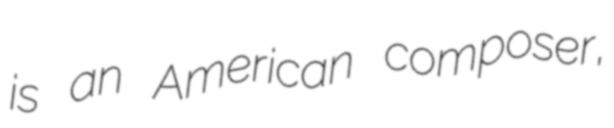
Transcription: is an American composer,